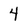
Character: 4